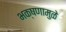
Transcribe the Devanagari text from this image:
भक्षणामुळे